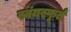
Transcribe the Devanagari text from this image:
स्वंयस्फूर्त